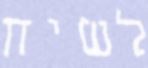
לשיח